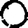
Digit: 0